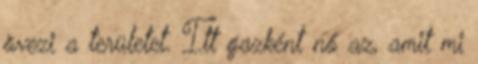
övezi a területet. Itt gazként nő az, amit mi